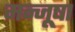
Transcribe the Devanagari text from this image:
मन्जूषा